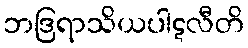
ဘဒြရာသိယပါဋလီတိ